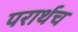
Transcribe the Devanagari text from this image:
परार्थच